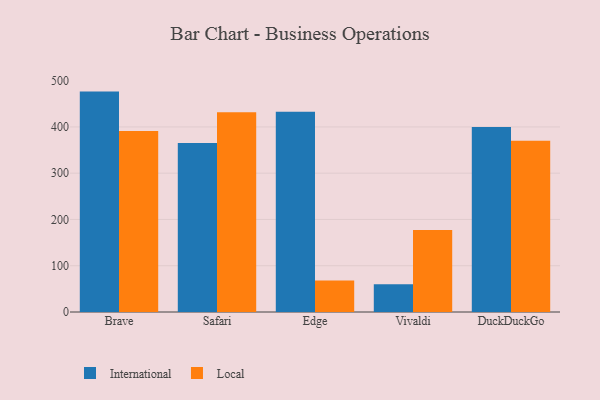
{"axis": {"x": "Browser", "y": "Inventory Turnover"}, "legend": ["International", "Local"], "data": [{"x": "Brave", "y": 476.3, "type": "International"}, {"x": "Brave", "y": 391.1, "type": "Local"}, {"x": "Safari", "y": 365.1, "type": "International"}, {"x": "Safari", "y": 431.8, "type": "Local"}, {"x": "Edge", "y": 432.9, "type": "International"}, {"x": "Edge", "y": 68.1, "type": "Local"}, {"x": "Vivaldi", "y": 60.0, "type": "International"}, {"x": "Vivaldi", "y": 177.3, "type": "Local"}, {"x": "DuckDuckGo", "y": 399.8, "type": "International"}, {"x": "DuckDuckGo", "y": 370.3, "type": "Local"}]}